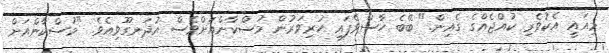
މިއައީ އެކުވެރި ކުއްޖެއްގެ ގެއިން." ބޭބެ ހާސްވެފައި ހުރިވަރުން މުސްކާންއަށްވެސް އުދަނގޫވިއެވެ. "މުސްކާންއަށް